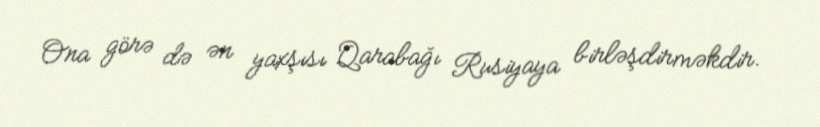
Ona görə də ən yaxşısı Qarabağı Rusiyaya birləşdirməkdir.